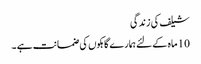
شیلف کی زندگی
10 ماہ کے لئے ہمارے گاہکوں کی ضمانت ہے ۔